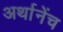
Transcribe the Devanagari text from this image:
अर्थानेंच